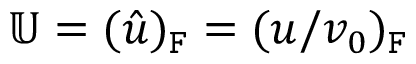
\mathbb { U } = ( \hat { u } ) _ { \mathtt { F } } = ( u / v _ { 0 } ) _ { \mathtt { F } }